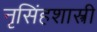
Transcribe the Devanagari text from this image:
नृसिंहशास्त्री